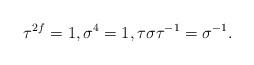
LaTeX: \begin{align*}\tau^{2f} = 1, \sigma^4 = 1, \tau \sigma \tau^{-1} = \sigma^{-1}.\end{align*}